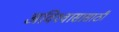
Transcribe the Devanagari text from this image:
अविश्‍वासासाठी